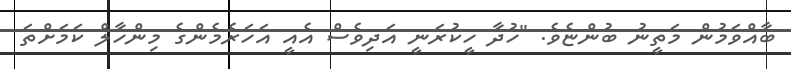
ބާއްވަމުން މަތީނު ބުންޏެވެ. "ހުދާ ހީކުރަނީ އަދިވެސް އެއީ އަހަރެމެންގެ މިންހާލް ކަމަށްތަ